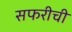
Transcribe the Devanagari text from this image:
सफरीची